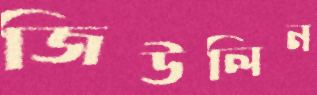
জিউলিন